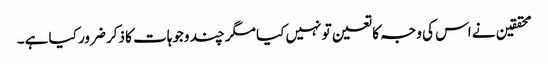
محققین نے اس کی وجہ کا تعین تو نہیں کیا مگر چند وجوہات کا ذکر ضرور کیا ہے۔